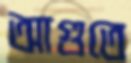
আগুতে